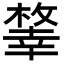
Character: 𢆨